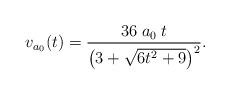
LaTeX: \begin{align*}v_{a_{0}}(t)=\frac{36\;a_{0}\;t}{\left(3+\sqrt{6t^{2}+9}\right)^{2}}.\end{align*}